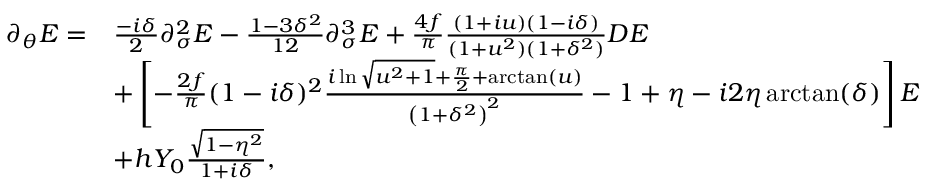
\begin{array} { r l } { \partial _ { \theta } E = } & { \frac { - i \delta } { 2 } \partial _ { \sigma } ^ { 2 } E - \frac { 1 - 3 \delta ^ { 2 } } { 1 2 } \partial _ { \sigma } ^ { 3 } E + \frac { 4 f } { \pi } \frac { ( 1 + i u ) ( 1 - i \delta ) } { ( 1 + u ^ { 2 } ) ( 1 + \delta ^ { 2 } ) } D E } \\ & { + \left[ - \frac { 2 f } { \pi } ( 1 - i \delta ) ^ { 2 } \frac { i \ln \sqrt { u ^ { 2 } + 1 } + \frac { \pi } { 2 } + \arctan ( u ) } { \left( 1 + \delta ^ { 2 } \right) ^ { 2 } } - 1 + \eta - i 2 \eta \arctan ( \delta ) \right] E } \\ & { + h Y _ { 0 } \frac { \sqrt { 1 - \eta ^ { 2 } } } { 1 + i \delta } , } \end{array}